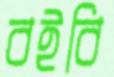
বইবি